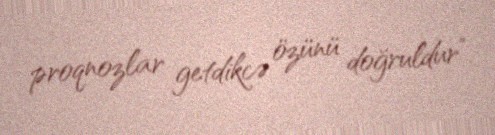
proqnozlar getdikcə özünü doğruldur”.